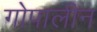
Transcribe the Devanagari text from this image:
गोपालीन